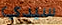
سيدي